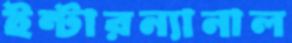
ইন্টারন্যানাল